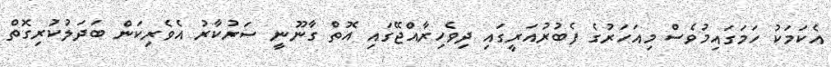
އެކަމަކު ހަމަގައިމުވެސް މިއަހަރުގެ ފެބުރުއަރީގައި ދިވެހިރާއްޖޭގައި އޮތް ގާނޫނީ ސަރުކާރު އެވެރިކަން ބަދަލުކުރިގޮތް